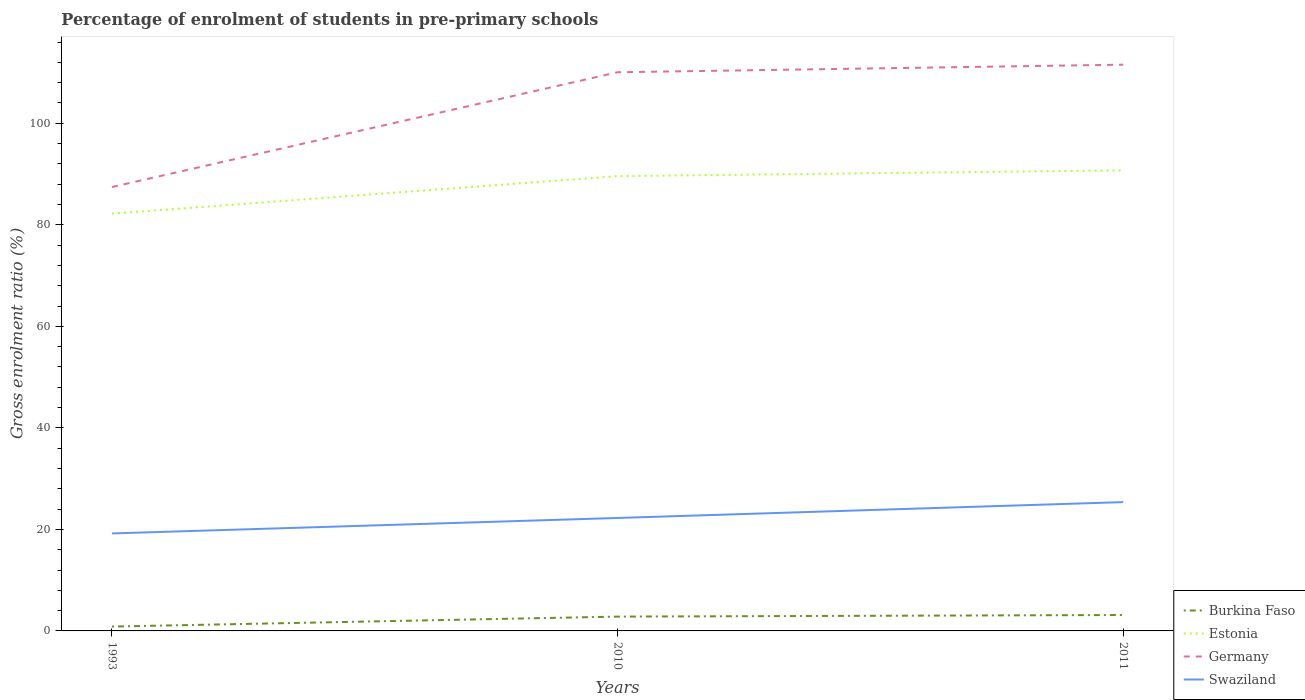
| Years | Burkina Faso | Estonia | Germany | Swaziland |
 | --- | --- | --- | --- | --- |
 | 1993 | 0.859 | 82.2 | 87.4 | 19.2 |
 | 2010 | 2.82 | 89.6 | 110 | 22.3 |
 | 2011 | 3.14 | 90.7 | 112 | 25.4 |